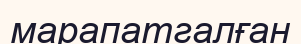
марапатгалған